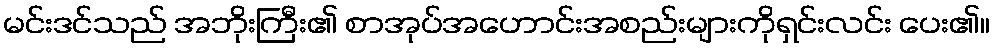
မင်းဒင်သည် အဘိုးကြီး၏ စာအုပ်အဟောင်းအစည်းများကိုရှင်းလင်း ပေး၏။